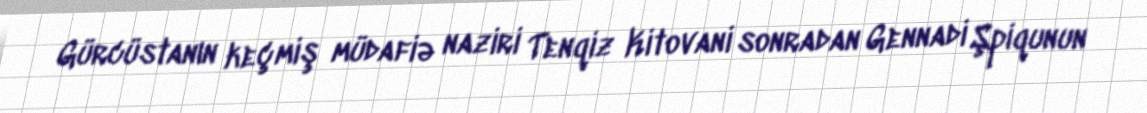
Gürcüstanın keçmiş müdafiə naziri Tenqiz Kitovani sonradan Gennadi Şpiqunun